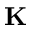
\mathbf { K }